Proceedings of the meeting of veterinary officers in India
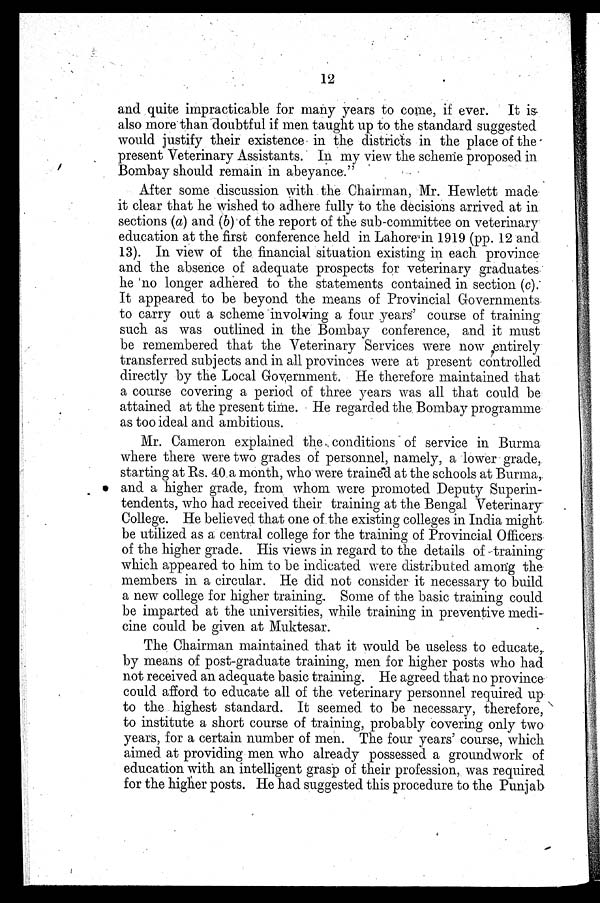
12
and quite impracticable for many years to come, if ever. It is
also more than doubtful if men taught up to the standard suggested
would justify their existence in the districts in the place of the
present Veterinary Assistants. In my view the scheme proposed in
Bombay should remain in abeyance."
After some discussion with the Chairman, Mr. Hewlett made
it clear that he wished to adhere fully to the decisions arrived at in
sections (a) and (6) of the report of the sub-committee on veterinary
education at the first conference held in Lahore in 1919 (pp. 12 and
13). In view of the financial situation existing in each province
and the absence of adequate prospects for veterinary graduates
he no longer adhered to the statements contained in section (c).
It appeared to be beyond the means of Provincial Governments
to carry out a scheme involving a four years' course of training
such as was outlined in the Bombay conference, and it must
be remembered that the Veterinary Services were now entirely
transferred subjects and in all provinces were at present controlled
directly by the Local Government. He therefore maintained that
a course covering a period of three years was all that could be
attained at the present time. He regarded the Bombay programme
as too ideal and ambitious.
Mr. Cameron explained the conditions of service in Burma
where there were two grades of personnel, namely, a lower grade,
starting at Rs. 40 a month, who were trained at the schools at Burma,
and a higher grade, from whom were promoted Deputy Superin-
tendents, who had received their training at the Bengal Veterinary
College. He believed that one of the existing colleges in India might
be utilized as a central college for the training of Provincial Officers
of the higher grade. His views in regard to the details of training
which appeared to him to be indicated were distributed among the
members in a circular. He did not consider it necessary to build
a new college for higher training. Some of the basic training could
be imparted at the universities, while training in preventive medi-
cine could be given at Muktesar.
The Chairman maintained that it would be useless to educate,
by means of post-graduate training, men for higher posts who had
not received an adequate basic training. He agreed that no province
could afford to educate all of the veterinary personnel required up
to the highest standard. It seemed to be necessary, therefore,
to institute a short course of training, probably covering only two
years, for a certain number of men. The four years' course, which
aimed at providing men who already possessed a groundwork of
education with an intelligent grasp of their profession, was required
for the higher posts. He had suggested this procedure to the Punjab